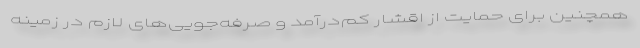
همچنین برای حمایت از اقشار کم‌درآمد و صرفه‌جویی‌های لازم در زمینه